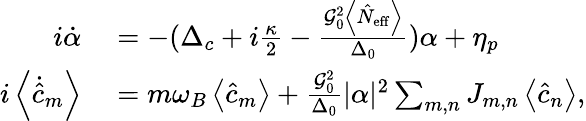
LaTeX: \begin{array}{rl}{i\dot{\alpha}}&{{}=-(\Delta_{c}+i\frac{\kappa}{2}-\frac{\mathcal{G}_{0}^{2}\left\langle\hat{N}_{\mathrm{eff}}\right\rangle}{\Delta_{0}})\alpha+\eta_{p}}\\ {i\left\langle\dot{\hat{c}}_{m}\right\rangle}&{{}=m\omega_{B}\left\langle\hat{c}_{m}\right\rangle+\frac{\mathcal{G}_{0}^{2}}{\Delta_{0}}|\alpha|^{2}\sum_{m,n}J_{m,n}\left\langle\hat{c}_{n}\right\rangle,}\end{array}